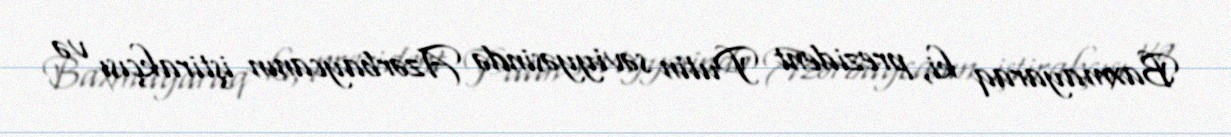
Baxmayaraq ki, prezident Putin səviyyəsində Azərbaycanın iştirakçısı və